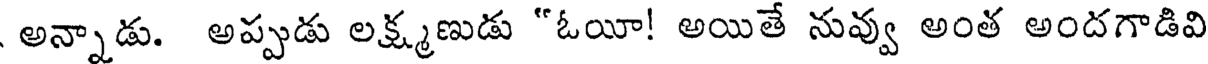
అన్నాడు. అప్పుడు లక్ష్మణుడు "ఓయీ! అయితే నువ్వు అంత అందగాడివి